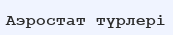
Аэростат түрлері